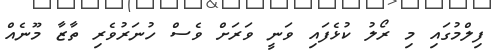
ފިލްމުގައި މި ރޯލު ކުޅެފައި ވަނީ ވަރަށް ވެސް ހުނަރުވެރި ތާޒާ މޫނެއް